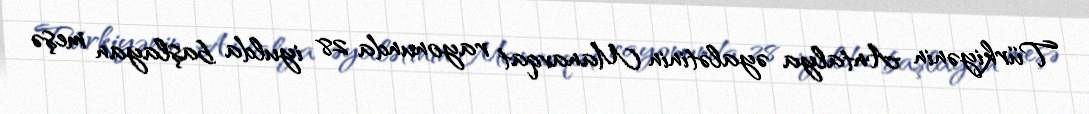
Türkiyənin Antalya əyalətinin Manavqat rayonunda 28 iyulda başlayan meşə